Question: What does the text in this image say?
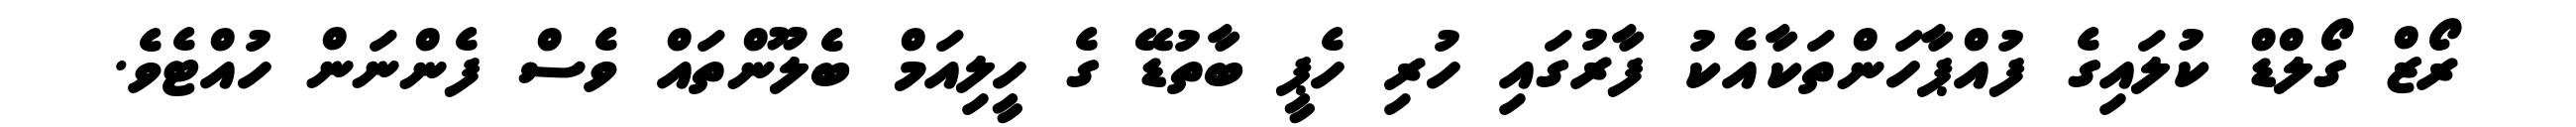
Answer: ރޯޒް ގޯލްޑް ކުލައިގެ ފުއްޕާހަންތަކާއެކު ފާރުގައި ހުރި ހެޕީ ބާތުޑޭ ގެ ހީލިއަމް ބެލޫންތައް ވެސް ފެންނަން ހުއްޓެވެ.